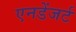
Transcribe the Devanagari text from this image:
एनडेंजर्ट